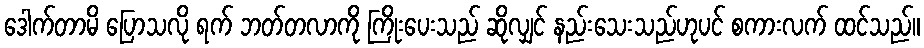
ဒေါက်တာမိ ပြောသလို ရက် ဘတ်တလာကို ကြိုးပေးသည် ဆိုလျှင် နည်းသေးသည်ဟုပင် စကားလက် ထင်သည်။